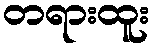
တရားထူး